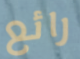
رائع